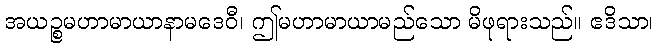
အယဉ္စမဟာမာယာနာမဒေဝီ၊ ဤမဟာမာယာမည်သော မိဖုရားသည်။ ဧဒိသာ၊